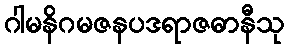
ဂါမနိဂမဇနပဒရာဇဓာနီသု